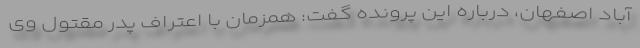
آباد اصفهان، درباره این پرونده گفت: همزمان با اعتراف پدر مقتول وی